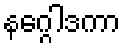
နဂ္ဂေါဒကာ